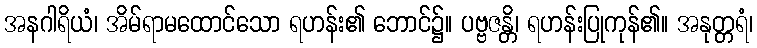
အနဂါရိယံ၊ အိမ်ရာမထောင်သော ရဟန်း၏ ဘောင်၌။ ပဗ္ဗဇန္တိ၊ ရဟန်းပြုကုန်၏။ အနုတ္တရံ၊